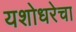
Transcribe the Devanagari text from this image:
यशोधरेचा